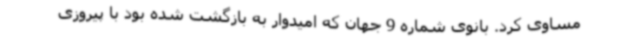
مساوی کرد. بانوی شماره 9 جهان که امیدوار به بازگشت شده بود با پیروزی